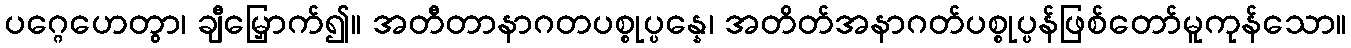
ပဂ္ဂေဟေတွာ၊ ချီမြှောက်၍။ အတီတာနာဂတပစ္စုပ္ပန္နေ၊ အတိတ်အနာဂတ်ပစ္စုပ္ပန်ဖြစ်တော်မူကုန်သော။